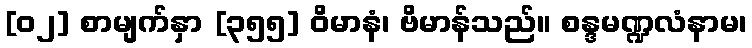
[၀၂] စာမျက်နှာ [၃၅၅] ဝိမာနံ၊ ဗိမာန်သည်။ စန္ဒမဏ္ဍလံနာမ၊